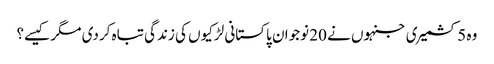
وہ 5 کشمیری جنہوں نے 20 نوجوان پاکستانی لڑکیوں کی زندگی تباہ کردی مگر کیسے؟